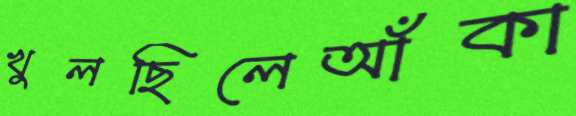
খুলছিলেআঁকা